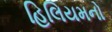
હિલિયમનો